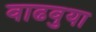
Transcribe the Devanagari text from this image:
वाढवुया